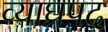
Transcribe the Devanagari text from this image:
व्याघ्रपद